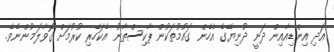
އަދި އިންޑިއާއިން ދަނީ ދުނިޔޭގެ އެހެން ގައުމުތަކުން ޕާކިސްތާނު އެކަހެރި ކުރުމަށް ގޮވާލަމުންނެވެ.